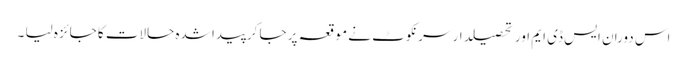
اس دوران ایس ڈی ایم اور تحصیلدار سرنکوٹ نے موقعہ پر جا کرپیدا شدہ حالات کا جائزہ لیا ۔